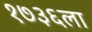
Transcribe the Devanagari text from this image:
१७३६ला